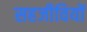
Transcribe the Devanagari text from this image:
सहजीवियों